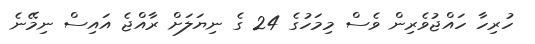
ހުރިހާ ހައްޖުވެރިން ވެސް މިމަހުގެ 24 ގެ ނިޔަލަށް ރާއްޖެ އައިސް ނިމޭނެ